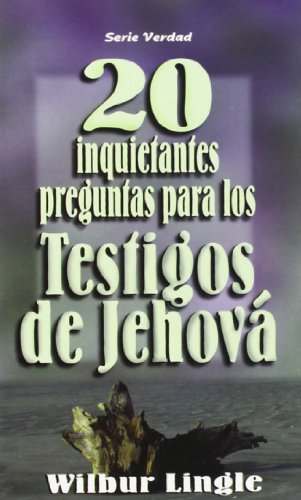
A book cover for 20 Inquietantes Preguntas Para los Testigos de Jehova = 20 Important Questions for Jehova's Witnesses (Spanish Edition); Wilbur Lingle; Christian Books & Bibles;